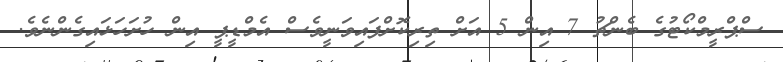
ސްޕްރީމްކޯޓުގެ ބެންޗު 7 އިން 5 އަށް ތިރިކޮށްފައިވަނީވެސް އެމްޑީޕީ އިން ހުށަހަޅައިގެންނެވެ.